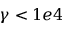
\gamma < 1 e 4